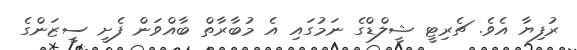
ރުފިޔާ އެވެ. ޗެރިޓީ ޝީލްޑްގެ ނަމުގައި އެ މުބާރާތް ބާއްވަން ފެށީ ސީޒަންގެ